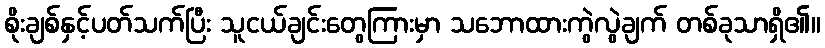
စိုးချစ်နှင့်ပတ်သက်ပြီး သူငယ်ချင်းတွေကြားမှာ သဘောထားကွဲလွဲချက် တစ်ခုသာရှိ၏။